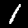
Digit: 1